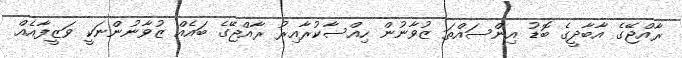
ރާއްޖޭގެ އާބާދީގެ ބޮޑު އިންސައްތަ ޒުވާނުން ހިއްސާކުރާއިރު ރާއްޖޭގެ ބައެއް ޒުވާނުންނަކީ ވަޒީފާއެއް